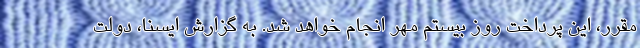
مقرر، این پرداخت روز بیستم مهر انجام خواهد شد. به گزارش ایسنا، دولت